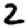
Digit: 2